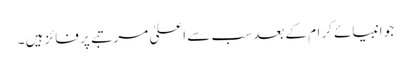
جو انبیائے کرام کے بعد سب سے اعلیٰ مرتبے پر فائز ہیں ۔